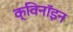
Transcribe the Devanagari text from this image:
क्विनॉइन